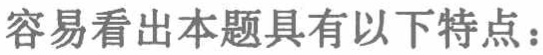
容易看出本题具有以下特点：